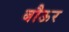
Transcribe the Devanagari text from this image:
बौऊर